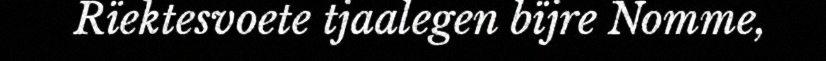
Rïektesvoete tjaalegen bïjre Nomme,